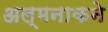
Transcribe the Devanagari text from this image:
अल्मनाकने